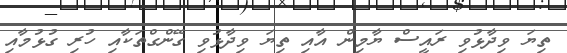
ތިޔަ ވިދާޅުވި ރައީސް ޔާމިން އާއި ތިޔަ ވިދާޅުވި ގޭންގްތަކާއި ހުރި ގުޅުމާއި